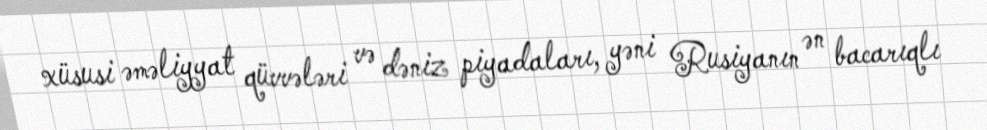
xüsusi əməliyyat qüvvələri və dəniz piyadaları, yəni Rusiyanın ən bacarıqlı